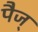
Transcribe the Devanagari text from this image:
पैज्